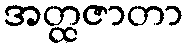
အတ္ထဇာတာ